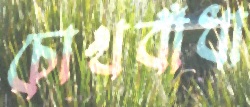
চোখবাঁধা